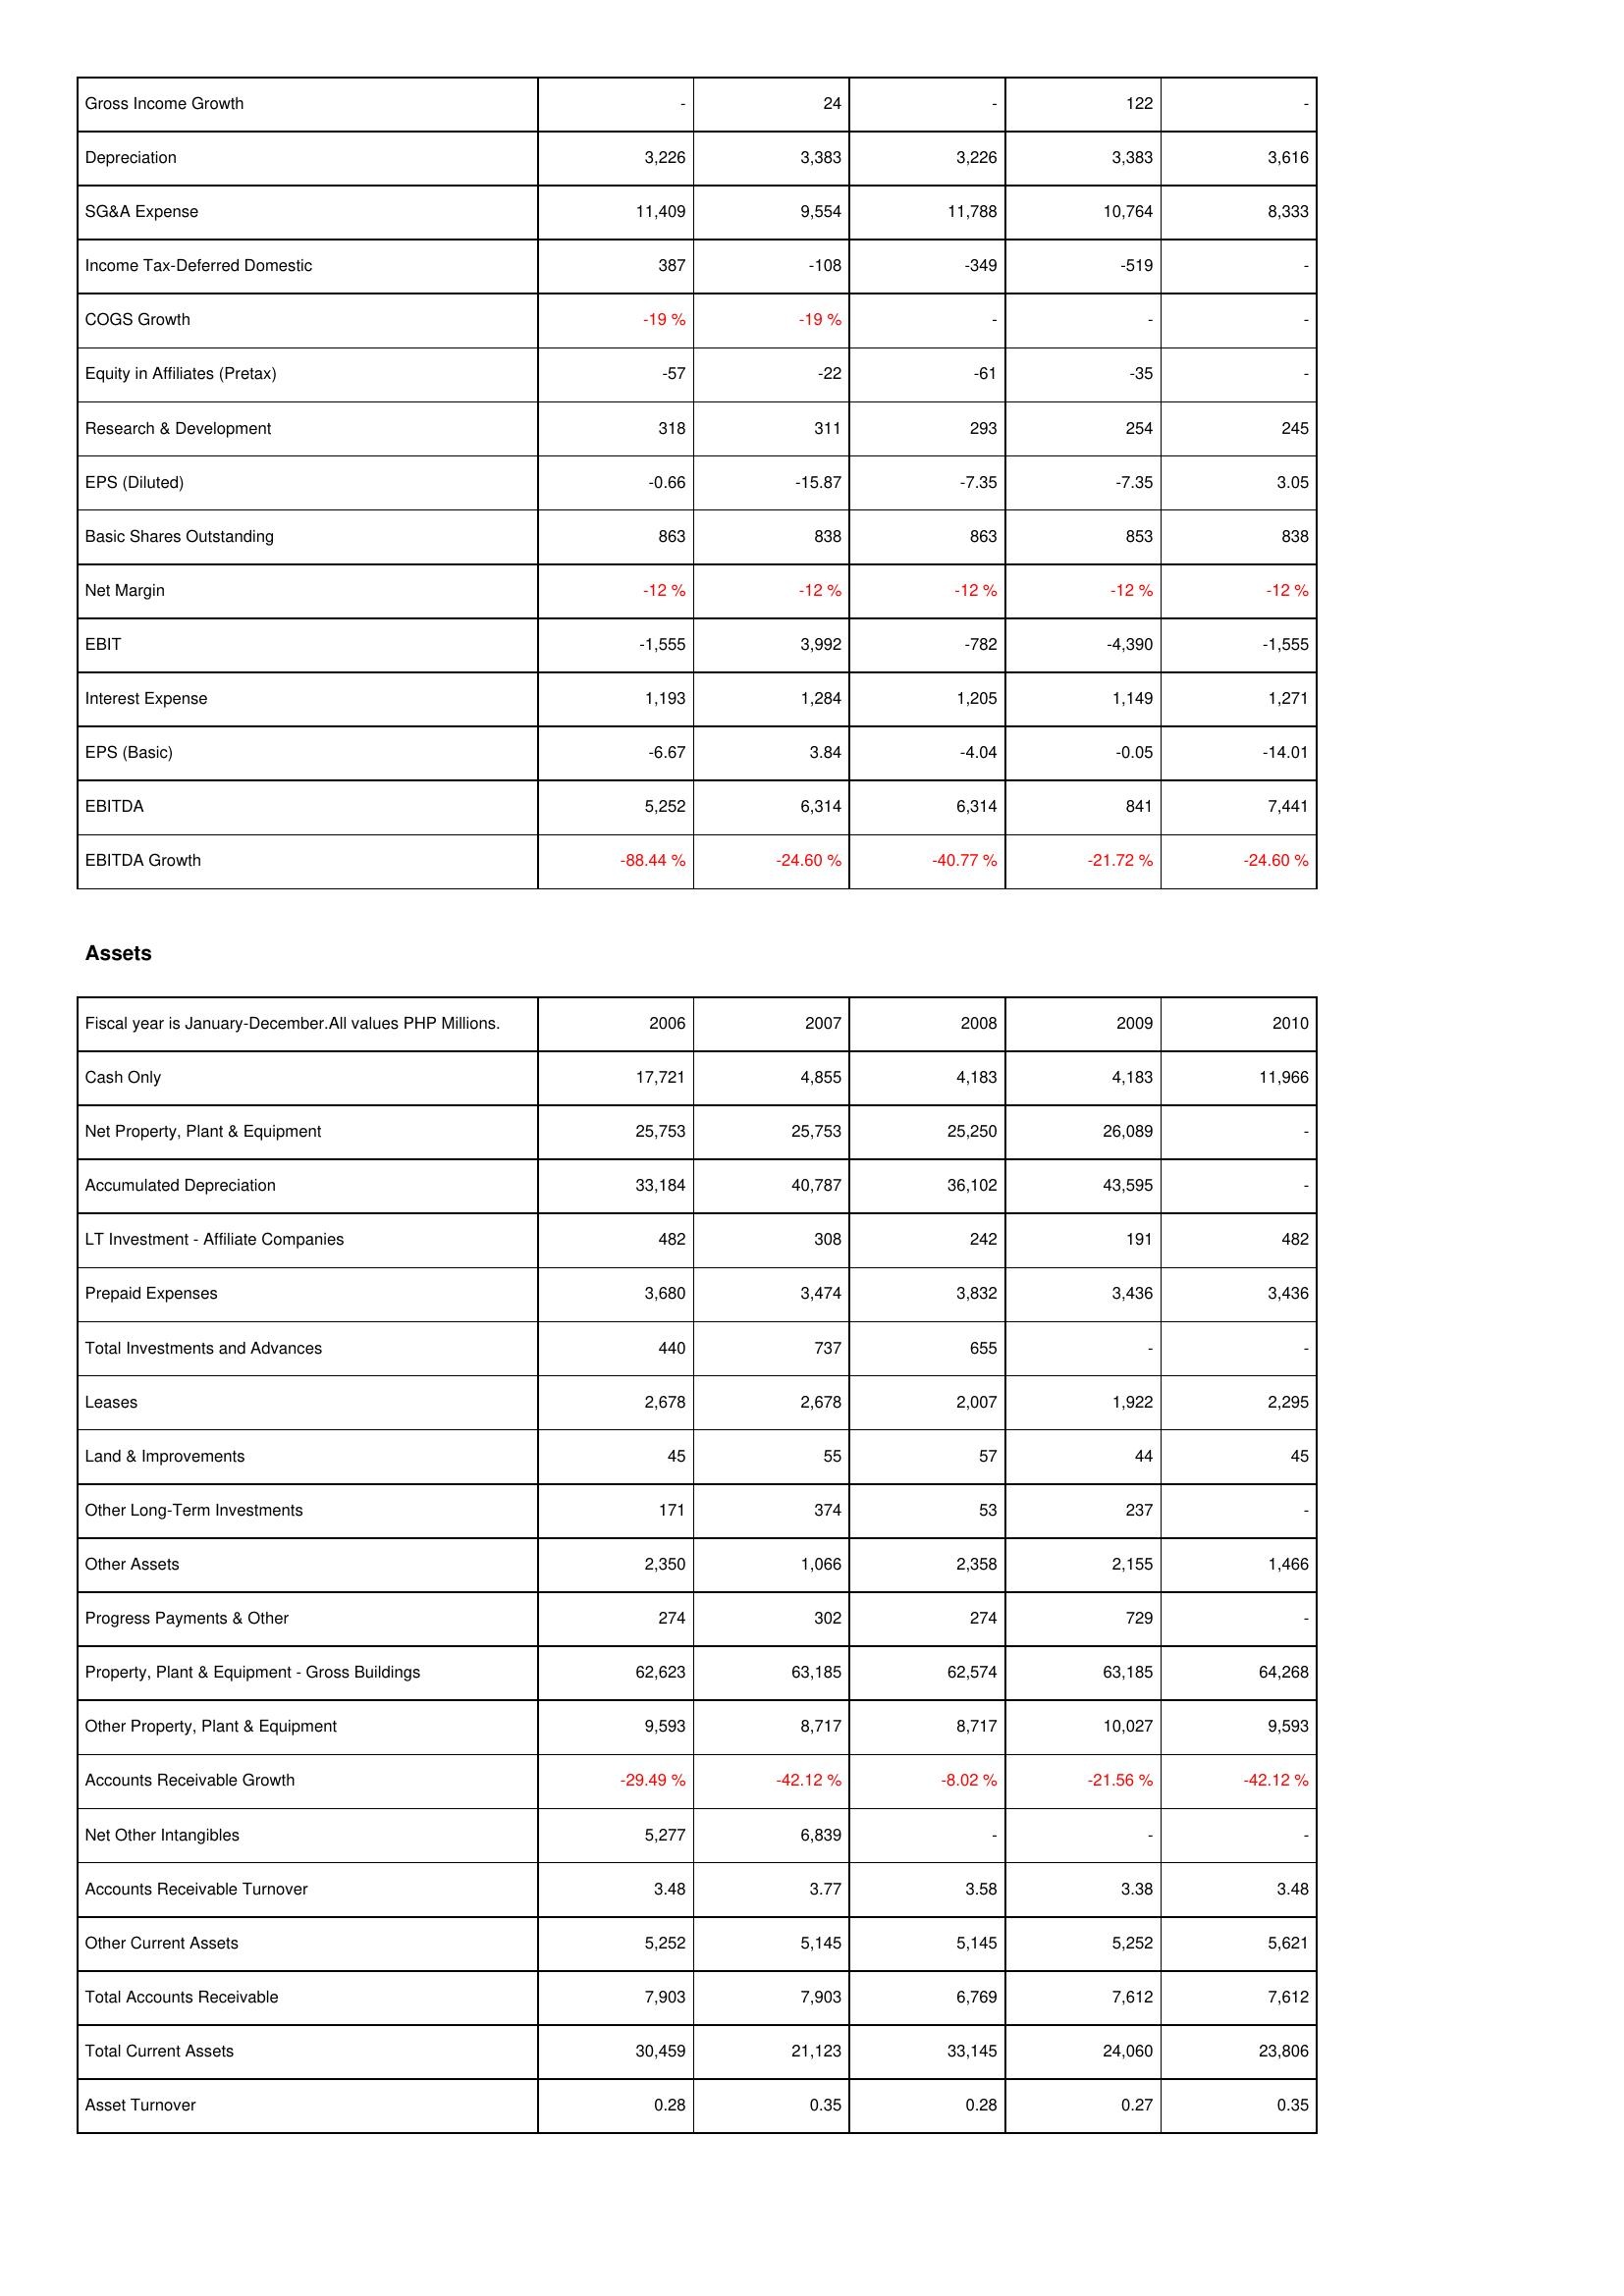
2006: Income Statement: Gross Income Growth: -
Depreciation: 3,226
SG&A Expense: 11,409
Income Tax-Deferred Domestic: 387
COGS Growth: -19 %
Equity in Affiliates (Pretax): -57
Research & Development: 318
EPS (Diluted): -0.66
Basic Shares Outstanding: 863
Net Margin: -12 %
EBIT: -1,555
Interest Expense: 1,193
EPS (Basic): -6.67
EBITDA: 5,252
EBITDA Growth: -88.44 %
Assets: Cash Only: 17,721
Net Property, Plant & Equipment: 25,753
Accumulated Depreciation: 33,184
LT Investment - Affiliate Companies: 482
Prepaid Expenses: 3,680
Total Investments and Advances: 440
Leases: 2,678
Land & Improvements: 45
Other Long-Term Investments: 171
Other Assets: 2,350
Progress Payments & Other: 274
Property, Plant & Equipment - Gross Buildings: 62,623
Other Property, Plant & Equipment: 9,593
Accounts Receivable Growth: -29.49 %
Net Other Intangibles: 5,277
Accounts Receivable Turnover: 3.48
Other Current Assets: 5,252
Total Accounts Receivable: 7,903
Total Current Assets: 30,459
Asset Turnover: 0.28
2007: Income Statement: Gross Income Growth: 24
Depreciation: 3,383
SG&A Expense: 9,554
Income Tax-Deferred Domestic: -108
COGS Growth: -19 %
Equity in Affiliates (Pretax): -22
Research & Development: 311
EPS (Diluted): -15.87
Basic Shares Outstanding: 838
Net Margin: -12 %
EBIT: 3,992
Interest Expense: 1,284
EPS (Basic): 3.84
EBITDA: 6,314
EBITDA Growth: -24.60 %
Assets: Cash Only: 4,855
Net Property, Plant & Equipment: 25,753
Accumulated Depreciation: 40,787
LT Investment - Affiliate Companies: 308
Prepaid Expenses: 3,474
Total Investments and Advances: 737
Leases: 2,678
Land & Improvements: 55
Other Long-Term Investments: 374
Other Assets: 1,066
Progress Payments & Other: 302
Property, Plant & Equipment - Gross Buildings: 63,185
Other Property, Plant & Equipment: 8,717
Accounts Receivable Growth: -42.12 %
Net Other Intangibles: 6,839
Accounts Receivable Turnover: 3.77
Other Current Assets: 5,145
Total Accounts Receivable: 7,903
Total Current Assets: 21,123
Asset Turnover: 0.35
2008: Income Statement: Gross Income Growth: -
Depreciation: 3,226
SG&A Expense: 11,788
Income Tax-Deferred Domestic: -349
COGS Growth: -
Equity in Affiliates (Pretax): -61
Research & Development: 293
EPS (Diluted): -7.35
Basic Shares Outstanding: 863
Net Margin: -12 %
EBIT: -782
Interest Expense: 1,205
EPS (Basic): -4.04
EBITDA: 6,314
EBITDA Growth: -40.77 %
Assets: Cash Only: 4,183
Net Property, Plant & Equipment: 25,250
Accumulated Depreciation: 36,102
LT Investment - Affiliate Companies: 242
Prepaid Expenses: 3,832
Total Investments and Advances: 655
Leases: 2,007
Land & Improvements: 57
Other Long-Term Investments: 53
Other Assets: 2,358
Progress Payments & Other: 274
Property, Plant & Equipment - Gross Buildings: 62,574
Other Property, Plant & Equipment: 8,717
Accounts Receivable Growth: -8.02 %
Net Other Intangibles: -
Accounts Receivable Turnover: 3.58
Other Current Assets: 5,145
Total Accounts Receivable: 6,769
Total Current Assets: 33,145
Asset Turnover: 0.28
2009: Income Statement: Gross Income Growth: 122
Depreciation: 3,383
SG&A Expense: 10,764
Income Tax-Deferred Domestic: -519
COGS Growth: -
Equity in Affiliates (Pretax): -35
Research & Development: 254
EPS (Diluted): -7.35
Basic Shares Outstanding: 853
Net Margin: -12 %
EBIT: -4,390
Interest Expense: 1,149
EPS (Basic): -0.05
EBITDA: 841
EBITDA Growth: -21.72 %
Assets: Cash Only: 4,183
Net Property, Plant & Equipment: 26,089
Accumulated Depreciation: 43,595
LT Investment - Affiliate Companies: 191
Prepaid Expenses: 3,436
Total Investments and Advances: -
Leases: 1,922
Land & Improvements: 44
Other Long-Term Investments: 237
Other Assets: 2,155
Progress Payments & Other: 729
Property, Plant & Equipment - Gross Buildings: 63,185
Other Property, Plant & Equipment: 10,027
Accounts Receivable Growth: -21.56 %
Net Other Intangibles: -
Accounts Receivable Turnover: 3.38
Other Current Assets: 5,252
Total Accounts Receivable: 7,612
Total Current Assets: 24,060
Asset Turnover: 0.27
2010: Income Statement: Gross Income Growth: -
Depreciation: 3,616
SG&A Expense: 8,333
Income Tax-Deferred Domestic: -
COGS Growth: -
Equity in Affiliates (Pretax): -
Research & Development: 245
EPS (Diluted): 3.05
Basic Shares Outstanding: 838
Net Margin: -12 %
EBIT: -1,555
Interest Expense: 1,271
EPS (Basic): -14.01
EBITDA: 7,441
EBITDA Growth: -24.60 %
Assets: Cash Only: 11,966
Net Property, Plant & Equipment: -
Accumulated Depreciation: -
LT Investment - Affiliate Companies: 482
Prepaid Expenses: 3,436
Total Investments and Advances: -
Leases: 2,295
Land & Improvements: 45
Other Long-Term Investments: -
Other Assets: 1,466
Progress Payments & Other: -
Property, Plant & Equipment - Gross Buildings: 64,268
Other Property, Plant & Equipment: 9,593
Accounts Receivable Growth: -42.12 %
Net Other Intangibles: -
Accounts Receivable Turnover: 3.48
Other Current Assets: 5,621
Total Accounts Receivable: 7,612
Total Current Assets: 23,806
Asset Turnover: 0.35